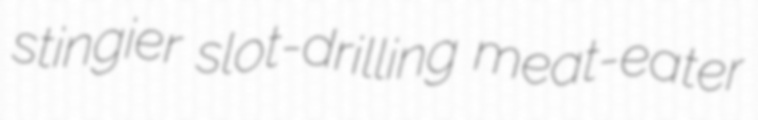
stingier slot-drilling meat-eater